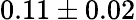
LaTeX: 0.11\pm 0.02